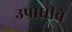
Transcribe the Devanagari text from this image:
उपाधीचे